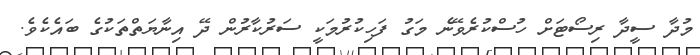
މުދާ ސީދާ ރިސޯޓަށް ހުސްކުރެވޭނެ މަގު ފަހިކުރުމަކީ ސަރުކާރުން ދޭ އިނާޔަތްތަކުގެ ބައެކެވެ.